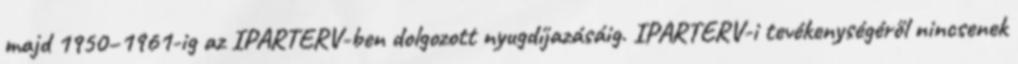
majd 1950–1961-ig az IPARTERV-ben dolgozott nyugdíjazásáig. IPARTERV-i tevékenységéről nincsenek